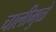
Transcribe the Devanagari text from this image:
चालीमुळे